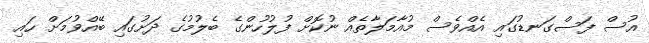
އުސް ފަސްގަނޑުގައި އެއްވެސް މުއާމަލާތެއް ނުކޮށް ފުލުހުންގެ ބެލުމުގެ ދަށުގައި ބޭއްވުމަށް ހައި